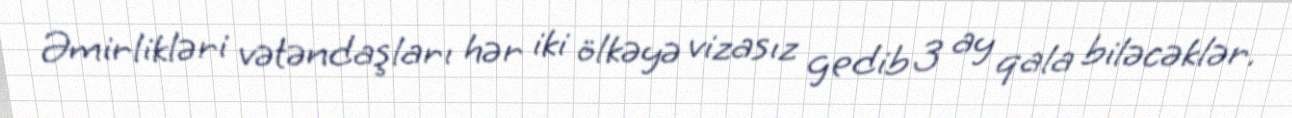
Əmirlikləri vətəndaşları hər iki ölkəyə vizasız gedib 3 ay qala biləcəklər.